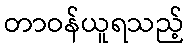
တာဝန်ယူရသည့်